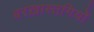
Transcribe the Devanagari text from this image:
बरख़ास्तगियों